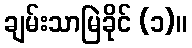
ချမ်းသာမြဲခိုင် (၁)။